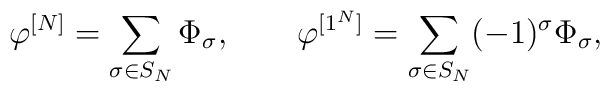
\varphi^{[N]} = \sum_{\sigma \in S_N} \Phi_{\sigma}, \qquad \varphi^{[1^N]} =  \sum_{\sigma \in S_N} (-1)^{\sigma} \Phi_{\sigma},